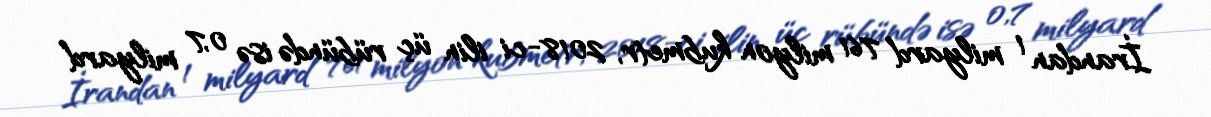
İrandan 1 milyard 761 milyon kubmetr, 2018-ci ilin üç rübündə isə 0,7 milyard